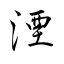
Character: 湮